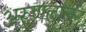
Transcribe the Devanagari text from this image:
अरूणलालने